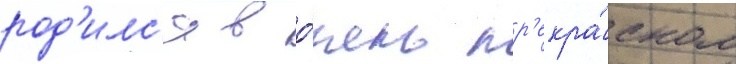
род'илс'я в о́чень пр'екра́сном